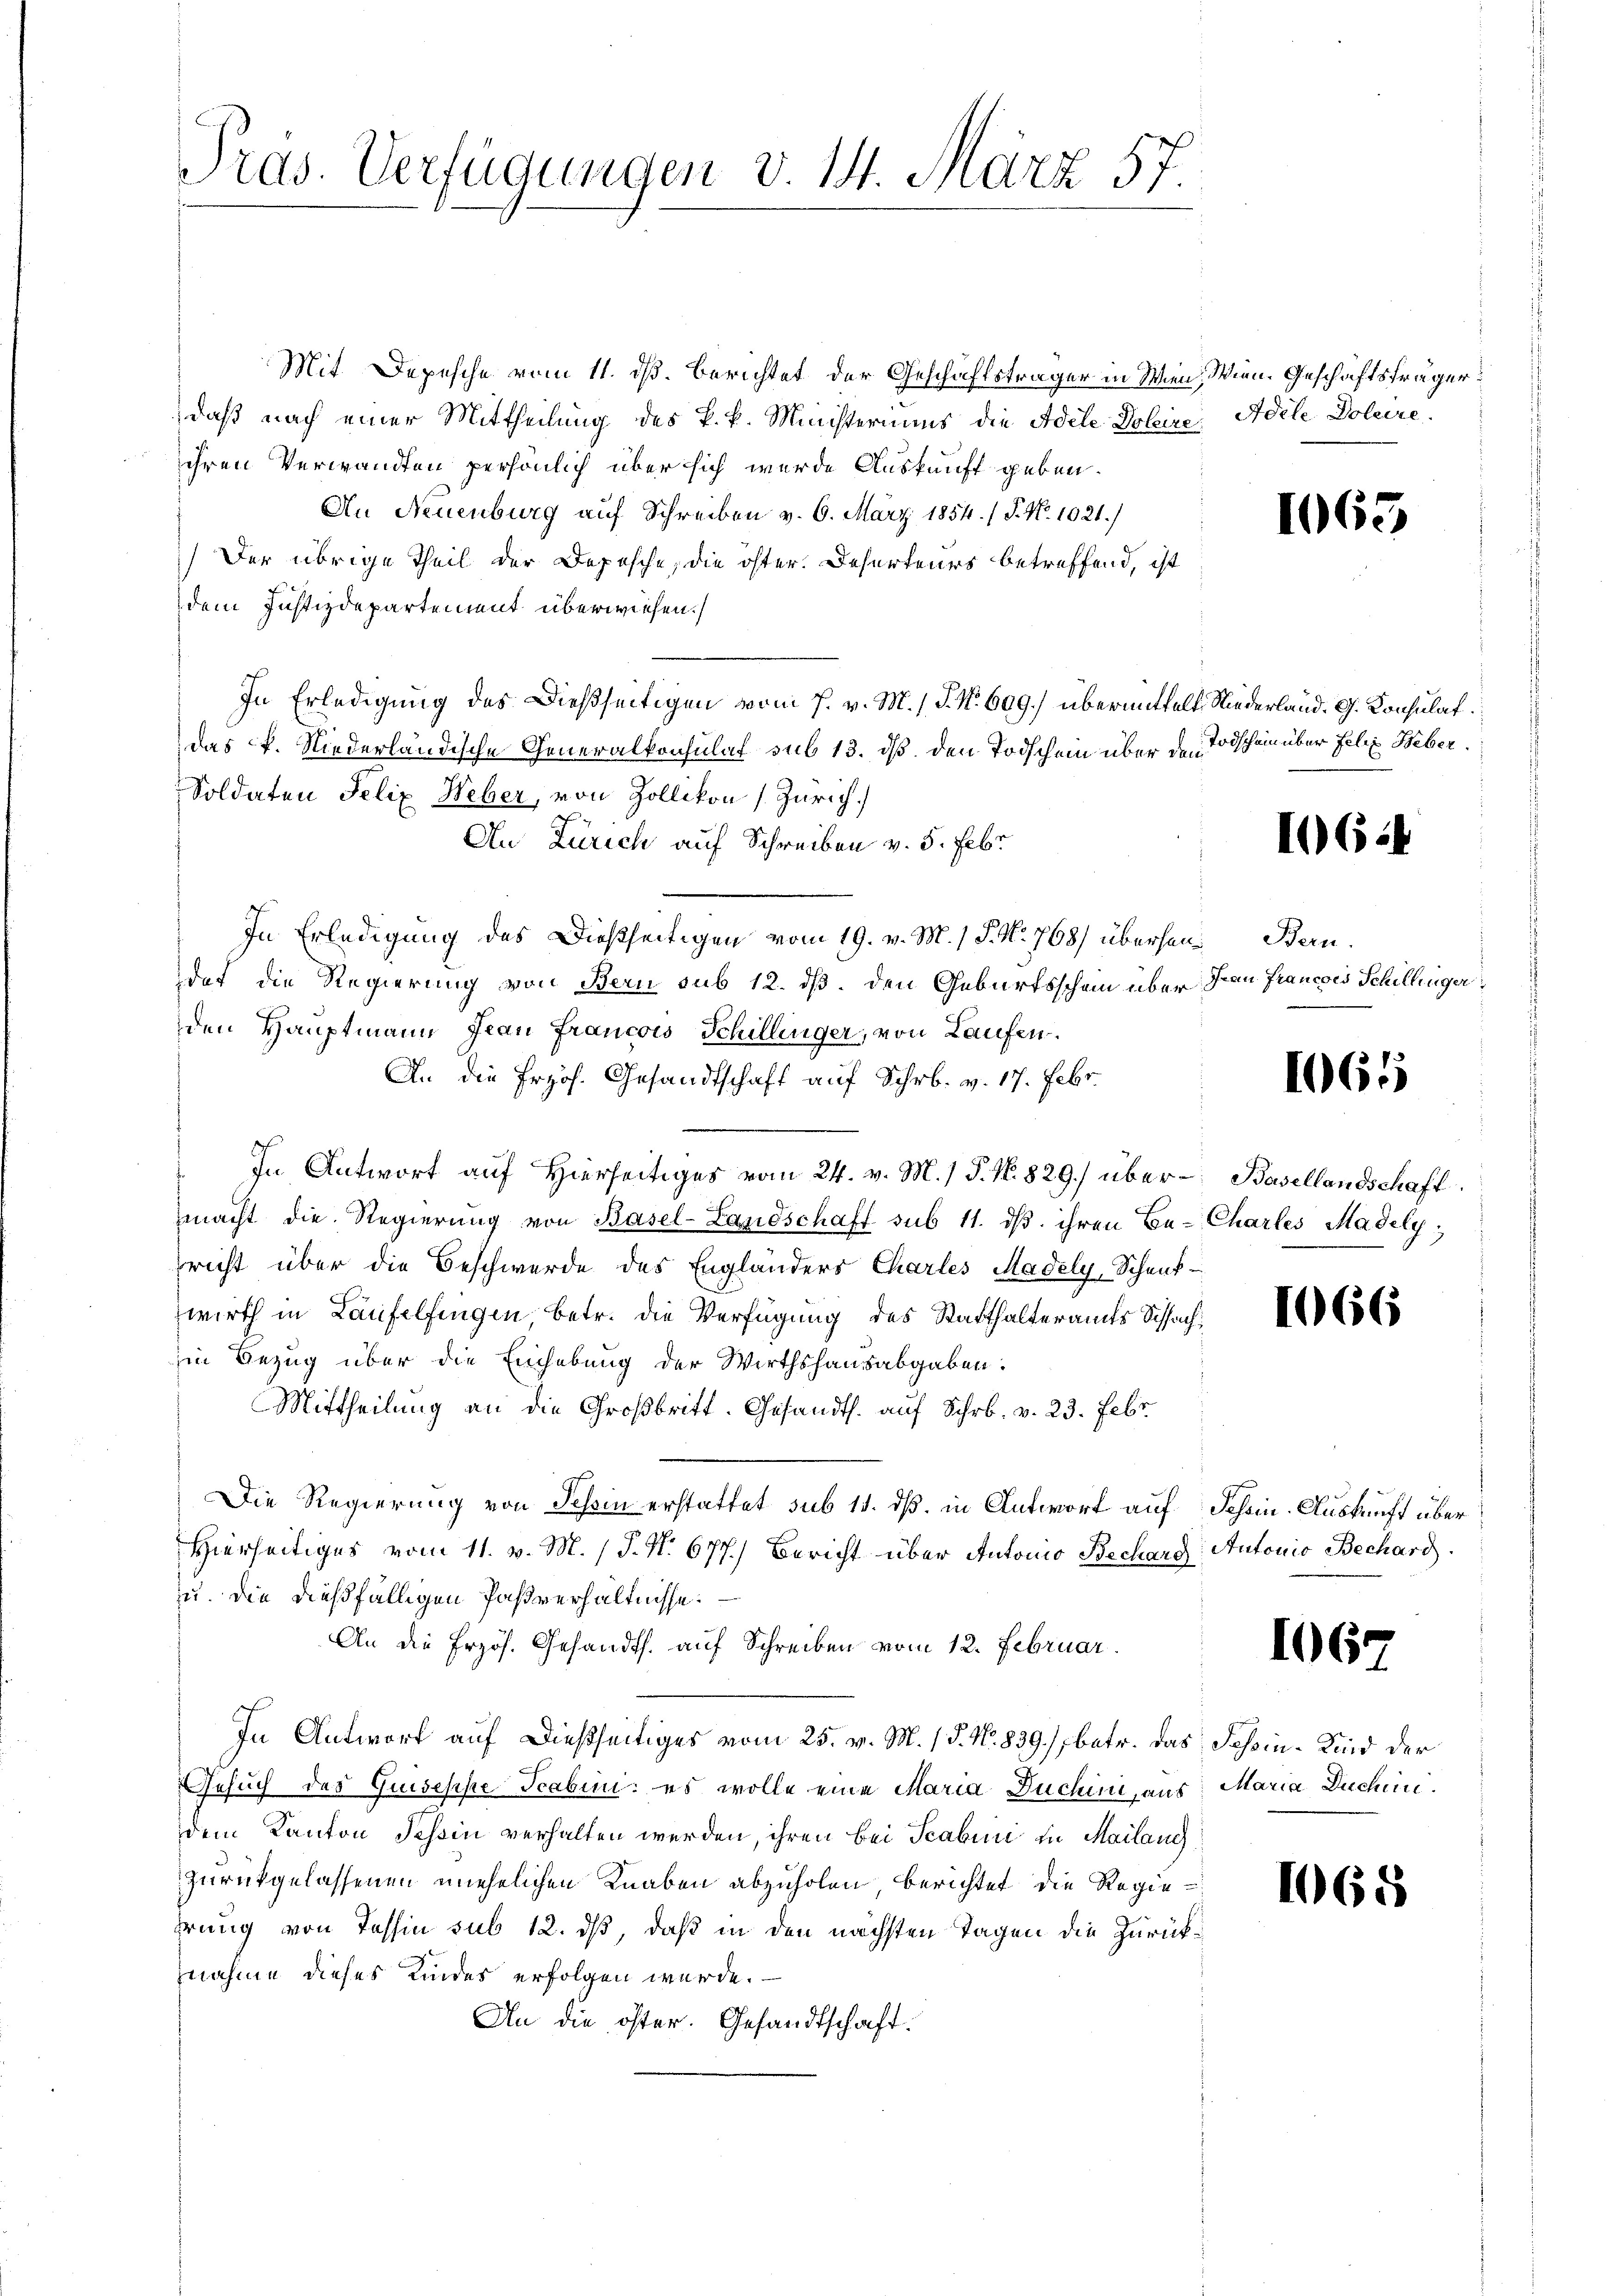
Pras. Verfügungen v. 14. März 57.

Mit Depesche vom 11. dß. Berichtet der Geschäftsträger in Wien, Wien. Geschäftsfrager
daß nach einer Mittheilung des k. k. Ministeriums die Adele Dolire, Adele Doleire
ihren Verwandten persönlich über sich werde Auskunft geben.
An Neuenburg auf Schreiben v. 6. März 1854. / P. Nr. 1021.)
Der übrige Theil der Depesche, die öster Deserteurs betreffend, ist
dem Justizdepartement überwiesen.
In Erledigung des Dießseitigen vom 7. v. M. / P. Nr. 609.) übermittelt Niederland. G. Konsulat
das Pf. Niederländische Generalkonsulat sub 13. ds. den Todschein über den
Soldaten Felix Weber, von Zollikon (Zürich.
An Zürich auf Schreiben v. 5. Febr
In Erledigung des Dießseitigen vom 19. v. M. 1 S. No 768) übersen Bern.
det die Regierung von Bern sub 12. dß. den Geburtsschein über den Francois Schillingerden Hauptmann Frau Francois Schillinger, von Laufen.
An die frzös. Gesandtschaft auf Schr. v. 17. Febr.
In Antwort auf Hierseitiges vom 24. v. M.) P. Nr. 829.) über Basellandschaft
macht die Regierung von Basel-Landschaft sub 11. dβ ihren Be- Charles Madely;
sricht über die Beschwerde des Englanders Charles Madely, Schenk-
wirth in Laufelfingen, betr. die Verfügung des Statthalteramts Schachin Bezug über die Einhebung der Wirthshausabgaben:
Mittheilung an die Großbritt. Gesandth. auf Schr. v. 23. Febr
Die Regierung von Schein erstattet sub 15. dß. in Antwort auf Schön. Auskunft über
Hierseitiges vom 11. v. M. / J. N. 677.) Bericht über Antonio Bechard Antonio Bechard.
u. die dießfälligen Paßverhältnisse.
An die Erzös. Gesandts. auf Schreiben vom 12. Februar
In Antwort auf dießseitiges vom 25. v. M. / 5. No. 839.) betr. das Schein-Kind der
Gesuch des Guiseppe Scabini; es wolle eine Maria Duchin, aus Maria Dachen.
dem Kanton Tessin verhalten werden, ihren bei Scabini in Mailang
zurückgelassenen unehelichen Knaben abzuholen berichtet die Regieprung von Tessin sub 12. ds, daß in den nächsten Tagen die Zurücknahme dieses Kindes erfolgen würde.
An die öster. Gesandtschaft.

1065

Todschein über Felix Weber

1062

1065

1066

106.

1068